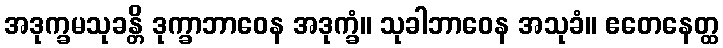
အဒုက္ခမသုခန္တိ ဒုက္ခာဘာဝေန အဒုက္ခံ။ သုခါဘာဝေန အသုခံ။ ဧတေနေတ္ထ